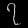
Digit: ၇